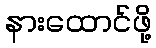
နားထောင်ဖို့